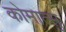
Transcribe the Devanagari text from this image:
कोमात्सु